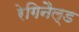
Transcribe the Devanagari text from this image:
रेगिनैल्ड